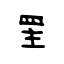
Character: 罜